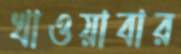
খাওয়াবার